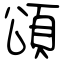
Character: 頌